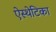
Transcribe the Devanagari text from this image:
ऐस्थेटिका